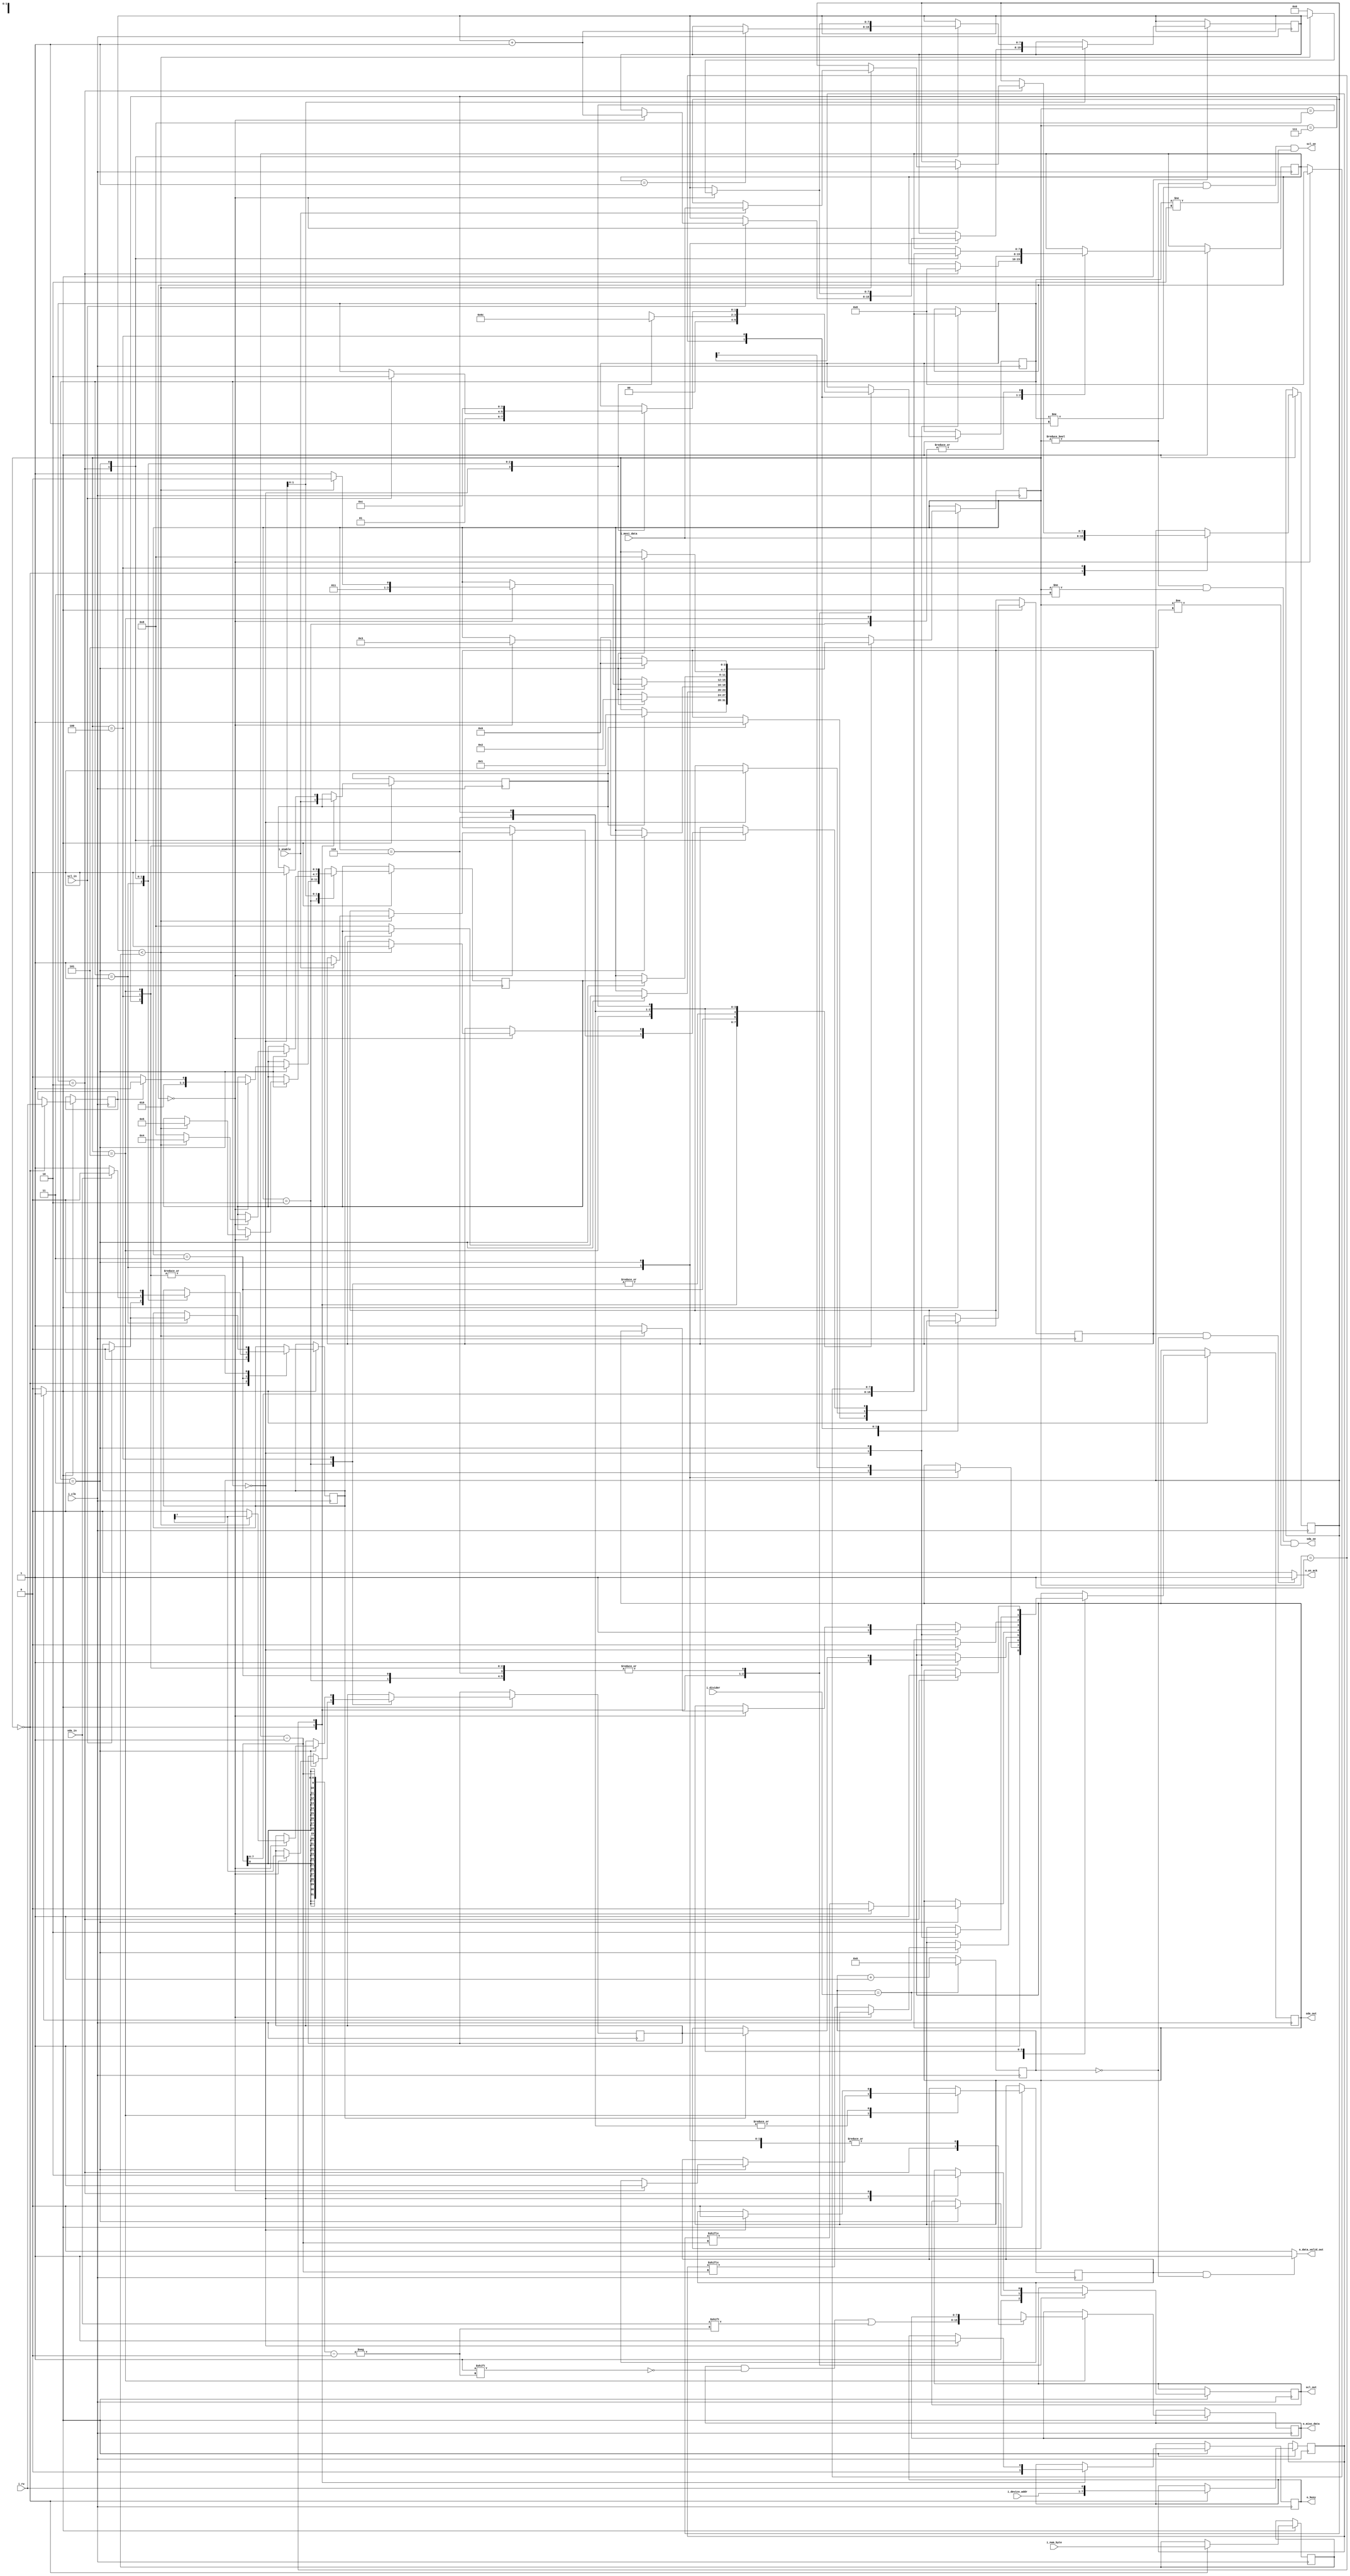
module i2c_master#(
    parameter DATA_WIDTH = 8,
    parameter ADDR_WIDTH = 7 )
(   
    /* Clock Signals */
    input                           i_clk,
    
    /* Control and Data signals */
    input                           i_enable,
    input                           i_rw,
    input       [DATA_WIDTH-1:0]    i_mosi_data,
    input       [ADDR_WIDTH-1:0]    i_device_addr,
    input       [DATA_WIDTH-1:0]    i_num_byte,
    input       [15:0]              i_divider, // value = 124 for 50 MHz clock freq.
    output                          o_en_ack,
    output                          o_data_valid_out,
    output reg  [DATA_WIDTH-1:0]    o_miso_data ,
    output reg                      o_busy = 0,
    
    /* I2C wire Signals */
	input                           scl_in,
    input                           sda_in,
    output                          scl_out,
    output                          sda_out,
    output                          scl_oe,
    output                          sda_oe   
);
 
 
/* Main State Machine Parameters */
reg [3:0]  state = 0;
reg [3:0]  post_state = 0;
localparam S_IDLE                =       8'h00;
localparam S_START               =       8'h01;
localparam S_WRITE_ADDR_W        =       8'h02;
localparam S_CHECK_ACK           =       8'h03;
localparam S_WRITE_REG_DATA      =       8'h04;
localparam S_READ_REG            =       8'h05;
localparam S_SEND_ACK            =       8'h06;
localparam S_SEND_NACK           =       8'h07;
localparam S_SEND_STOP           =       8'h08;

    

/* Internal State Machine Parameters */
reg [1:0]  proc_counter = 0;
localparam PC0  = 2'b00;
localparam PC1  = 2'b01;
localparam PC2  = 2'b10;
localparam PC3  = 2'b11;
  
/* Register Declaration and Instantiation */
reg [ADDR_WIDTH:0]      saved_device_addr = 0;
reg [DATA_WIDTH-1:0]    saved_num_byte = 0;
reg [DATA_WIDTH-1:0]    saved_mosi_data = 0;
reg [7:0]               bit_counter = 0;
reg [7:0]               byte_counter = 0;
reg [15:0]              divider_counter = 0;
reg                     r_scl_out = 0;
reg                     r_sda_out = 0;
reg                     post_sda_out = 0;
reg                     enable = 0;
reg                     rw = 0;
reg                     ack_received =0;
reg                     flag_data_valid_out = 0;
reg                     flag_en_ack = 0;

/* Assignment statements */
assign scl_out  = r_scl_out;
assign sda_out  = r_sda_out;

// sda_oe is enable for valid states where master have to assert values
assign sda_oe = (state!=S_IDLE && state!=S_CHECK_ACK && state!=S_READ_REG);

//scl_oe is enabled for half time period after checking the clock streching condition at proc_counter == 1
assign scl_oe = (state!=S_IDLE && proc_counter!=1 && proc_counter!=2);

// Data valid signal for MISO data 
assign o_data_valid_out = (flag_data_valid_out && (divider_counter==0)) ? 1 : 0;
// Enable acknowledge for i2c_ctrl
assign o_en_ack = (flag_en_ack && (divider_counter==0)) ? 1 : 0;

/* I2C divider tick geneartor */
always@(posedge i_clk)begin
    if(divider_counter == i_divider)begin
        divider_counter <= 0;
    end else begin
        divider_counter <= divider_counter + 1;
    end
end
wire divider_tick;
assign divider_tick = (divider_counter == i_divider) ? 1 : 0;

/* Main State Machine */
always@(posedge i_clk)begin
if(divider_tick)begin
    case(state)
        S_IDLE: begin // 0
            proc_counter      <= 0;
            r_sda_out         <= 1;
            r_scl_out         <= 1;
            enable            <= i_enable;
            saved_device_addr <= {i_device_addr,i_rw};
            saved_mosi_data   <= i_mosi_data;
            saved_num_byte    <= i_num_byte;
            o_busy            <= 0;
            ack_received      <= 0;
            rw                <= i_rw;
            
            if(enable)begin
                flag_en_ack <= 1;
                state <= S_START;
            end
        end	// S_IDLE
        
        S_START: begin // 1
            case(proc_counter)
                PC0: begin
                    flag_en_ack     <= 0;
                    o_busy       <= 1;
                    enable       <= 0;
                    proc_counter <= PC1;
                end	//0
                PC1: begin
                    r_sda_out      <= 0;
                    proc_counter <= PC2;
                end	//1
                PC2: begin
                    bit_counter  <= 8;
                    proc_counter <= PC3;
                end	//2
                PC3: begin
                    r_scl_out      <= 0;
                    state        <= S_WRITE_ADDR_W;
                    r_sda_out      <= saved_device_addr[ADDR_WIDTH];
                    proc_counter <= PC0;
                end	//3
            endcase	//proc_counter_case
        end		//S_START
				
        S_WRITE_ADDR_W: begin // 2
            case(proc_counter)
                PC0:begin
                    r_scl_out      <= 1;
                    proc_counter <= PC1;
                end	//0
                PC1: begin
                    if(scl_in == 1)begin
                        proc_counter <= PC2;
                    end	//1
                end
                PC2: begin
                    r_scl_out      <= 0;
                    bit_counter  <= bit_counter -1;
                    proc_counter <= PC3;
                end	//2
                PC3: begin
                    if(bit_counter == 0)begin  
                        post_sda_out <= saved_mosi_data[DATA_WIDTH-1];
	
                        if(rw == 0)begin // Write data
                            post_state <= S_WRITE_REG_DATA;
                        end	else begin // Read data
                            post_state <= S_READ_REG;
                        end		
                        state <= S_CHECK_ACK;
                        bit_counter <= 8;
                    end	else begin
                        r_sda_out <= saved_device_addr[bit_counter-1];
                    end	  
                    proc_counter <= PC0;
                end	//3
            endcase	//proc_counter_case
        end	//	S_WRITE_ADDR_W
        
        S_CHECK_ACK: begin // 3
            case(proc_counter)
                PC0:begin
                    r_scl_out <= 1;
                    r_sda_out <= 1;
                    proc_counter <= PC1;
                end	//0
                PC1: begin
                    if(scl_in == 1)begin
                        ack_received <= 0;
                        proc_counter <= PC2;
                    end	
                end //1
                PC2: begin
                    r_scl_out          <= 0;

                   if(sda_in == 0)begin
                        ack_received <= 1;
                    end	else if(sda_in == 1) begin
						ack_received <= 0;
					end
                    proc_counter     <= PC3;
                end	//2
                PC3: begin
                    if(ack_received)begin
                        state <= post_state;
                        ack_received <= 0;
                        r_sda_out <= post_sda_out;
                    end	else begin
                        state <= S_SEND_STOP;
					end
                    proc_counter <= PC0;
                end	//3
            endcase	//proc_counter_case
        end	//S_CHECK_ACK
        
        S_WRITE_REG_DATA: begin // 4
            case(proc_counter)
                PC0:begin
                    r_scl_out      <= 1;
                    bit_counter  <= bit_counter -1;
                    proc_counter <= PC1;
                end	//0
                PC1: begin
                   if(scl_in == 1)begin
                        ack_received <= 0;
                        if(bit_counter == 0) begin
                            byte_counter <= byte_counter + 1;
                        end
                        proc_counter <= PC2;
                  end
                end	//1
                PC2: begin
                    r_scl_out      <= 0;
                    if(bit_counter == 0)begin
                        if(byte_counter < saved_num_byte) begin
                            if(i_enable) begin
                                saved_mosi_data <= i_mosi_data;
                                flag_en_ack <= 1;
                            end
                        end
                    end
                    proc_counter <= PC3;
                end	//2
                PC3: begin
                    if(bit_counter == 0)begin
                        if(byte_counter < saved_num_byte) begin
                            flag_en_ack     <= 0;
                            state        <= S_CHECK_ACK;
                            post_state   <= S_WRITE_REG_DATA;
                            post_sda_out <= saved_mosi_data[DATA_WIDTH-1];
                        
                        end else begin
                            byte_counter <= 0;
                            state        <= S_CHECK_ACK;
                            post_state   <= S_SEND_STOP;
                            post_sda_out <= 0;
                        end
                        
                        bit_counter  <= 8; 
                        r_sda_out      <= 0;
                    end	else begin
                        r_sda_out <= saved_mosi_data[bit_counter-1];
                    end
                    proc_counter <= PC0;
                end	//3
            endcase	//proc_counter_case
        end	//S_WRITE_REG_DATA
        
        S_READ_REG: begin // 5
            case(proc_counter)
                PC0:begin
                    r_sda_out      <= 1;
                    r_scl_out      <= 1;
                    proc_counter <= PC1;
                end	//0
                PC1: begin
                    if(scl_in == 1)begin
                        ack_received <= 0;
                        proc_counter <= PC2;
                    end
                end	//1
                PC2: begin
                    r_scl_out <= 0; 
                    //sample data on rising edge of scl
                    o_miso_data[bit_counter-1] <= sda_in;
                    bit_counter  <= bit_counter -1;
                    if(bit_counter == 1)begin
                        byte_counter <= byte_counter + 1;
                    end
                    proc_counter <= PC3;
                end	//2
                PC3: begin
                    if(bit_counter == 0)begin
                        bit_counter  <= 8;
                        flag_data_valid_out <= 1;
                        if(byte_counter < saved_num_byte) begin
                            post_state <= S_READ_REG;
                            state <= S_SEND_ACK;
                        end else begin
                            byte_counter <= 0;
                            state    <= S_SEND_NACK;
                            r_sda_out  <= 1;
                        end
                    end
                    proc_counter <= PC0;
                end	//3
            endcase	//proc_counter_case
        end	//S_READ_REG
        
        S_SEND_ACK: begin // 6
            case(proc_counter)
                PC0:begin
                    flag_data_valid_out <= 0;
                    r_scl_out      <= 1;
                    r_sda_out      <= 0;
                    proc_counter <= PC1;
                end	//0
                PC1: begin
                    if(scl_in == 1)begin
                        proc_counter <= PC2;
                    end
                end	//1
                PC2: begin
                    r_scl_out      <= 0;
                    proc_counter <= PC3;
                end	//2
                PC3: begin
                    state        <= post_state;
                    proc_counter <= PC0;
                end	//3
            endcase	//proc_counter_case
        end	//S_SEND_ACK
        
        S_SEND_NACK: begin // 7
            case(proc_counter)
                PC0:begin
                    flag_data_valid_out <= 0;
                    r_scl_out <= 1;
                    r_sda_out <= 1;
                    proc_counter <= PC1;
                end	//0
                PC1: begin
                    if(scl_in == 1)begin
                        ack_received <= 0;
                        proc_counter <= PC2;
                    end
                end	//1
                PC2: begin
                    r_scl_out      <= 0;
                    proc_counter <= PC3;
                end	//2
                PC3: begin
                    state        <= S_SEND_STOP;
                    r_sda_out      <= 0;
                    proc_counter <= PC0;
                end	//3
            endcase	//proc_counter_case
        end	//S_SEND_NACK

        S_SEND_STOP: begin // 8
            case(proc_counter)
                PC0:begin
                    r_scl_out      <= 1;
                    proc_counter <= PC1;
                end	//0
                PC1: begin
                  if(scl_in == 1)begin
                        proc_counter <= PC2;
                   end
                end	//1
                PC2: begin
                    r_scl_out <= 0;
                    r_sda_out      <= 1;
                    proc_counter <= PC3;
                end	//2
                PC3: begin
                    proc_counter <= PC0;
                    state        <= S_IDLE;
                end	//3
            endcase	//proc_counter_case
        end	//S_SEND_STOP

		default : begin
			state <= S_IDLE;
		end	
    endcase	//state
end	//if_block (divider_tick)
end	//always_block
endmodule